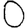
Digit: 0